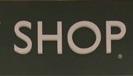
shop